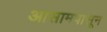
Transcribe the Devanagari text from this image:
आसामपासून